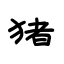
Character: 猪